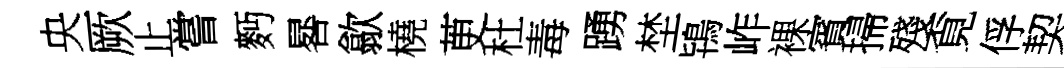
央厥止嘗麪晷歙橈茰杜毒踴埜鴇岞裸賓掃殘覔俘契